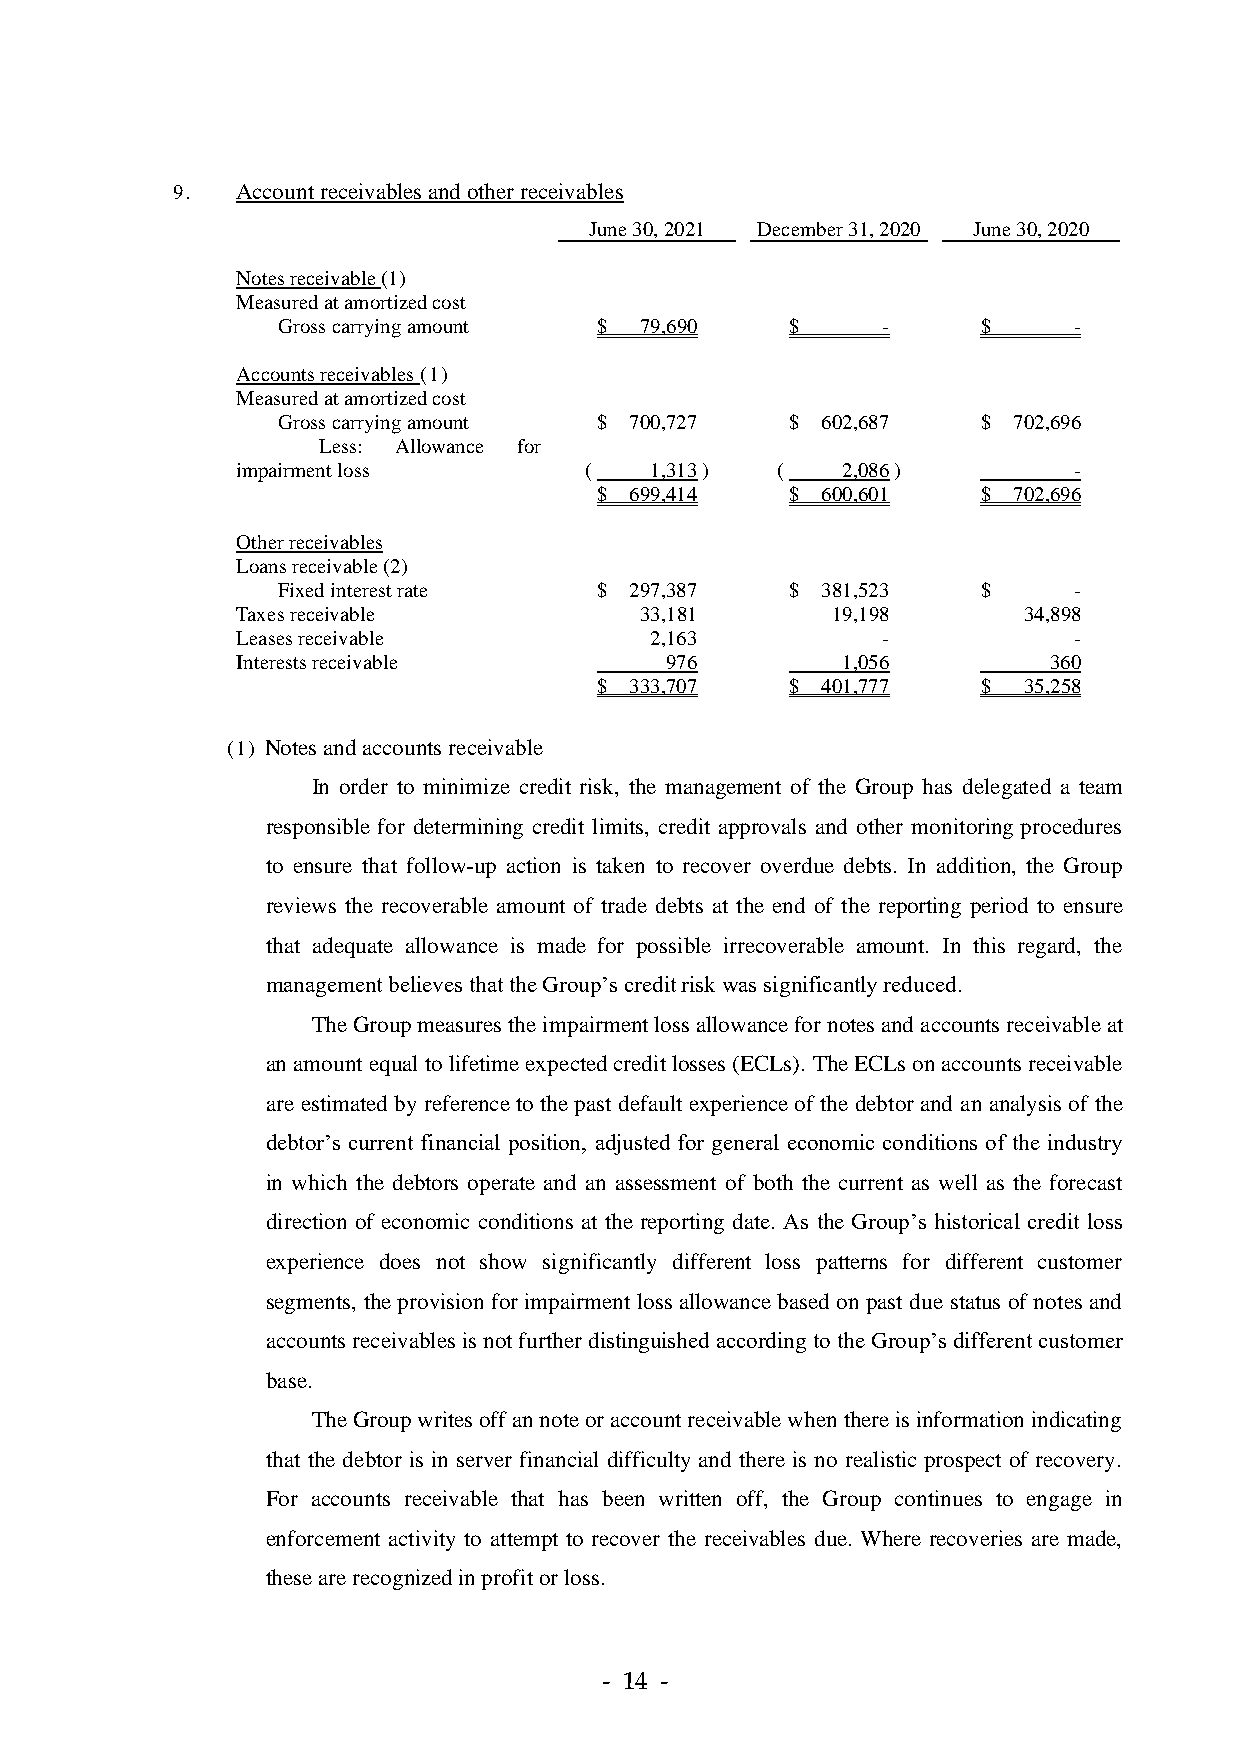
9.   Account receivables and other receivables
 June 30, 2021 December 31, 2020 June 30, 2020
 Notes receivable (1)
 Measured at amortized cost
 Gross carrying amount $ 79,690    $     -      $     -
 Accounts receivables (1)
 Measured at amortized cost
 Gross carrying amount $ 700,727   $ 602,687    $ 702,696
 Less: Allowance for
 impairment loss        (   1,313 ) (    2,086 )        -
 $  699,414   $ 600,601    $ 702,696
 Other receivables
 Loans receivable (2)
 Fixed interest rate  $  297,387   $ 381,523    $     -
 Taxes receivable          33,181       19,198       34,898
 Leases receivable          2,163          -            -
 Interests receivable        976         1,056        360
 $  333,707   $ 401,777    $  35,258
 (1) Notes and accounts receivable
 In order to minimize credit risk, the management of the Group has delegated a team
 responsible for determining credit limits, credit approvals and other monitoring procedures
 to ensure that follow-up action is taken to recover overdue debts. In addition, the Group
 reviews the recoverable amount of trade debts at the end of the reporting period to ensure
 that adequate allowance is made for possible irrecoverable amount. In this regard, the
 management believes that the Group’s credit risk was significantly reduced.
 The Group measures the impairment loss allowance for notes and accounts receivable at
 an amount equal to lifetime expected credit losses (ECLs). The ECLs on accounts receivable
 are estimated by reference to the past default experience of the debtor and an analysis of the
 debtor’s current financial position, adjusted for general economic conditions of the industry
 in which the debtors operate and an assessment of both the current as well as the forecast
 direction of economic conditions at the reporting date. As the Group’s historical credit loss
 experience does not show significantly different loss patterns for different customer
 segments, the provision for impairment loss allowance based on past due status of notes and
 accounts receivables is not further distinguished according to the Group’s different customer
 base.
 The Group writes off an note or account receivable when there is information indicating
 that the debtor is in server financial difficulty and there is no realistic prospect of recovery.
 For accounts receivable that has been written off, the Group continues to engage in
 enforcement activity to attempt to recover the receivables due. Where recoveries are made,
 these are recognized in profit or loss.
 - 14 -